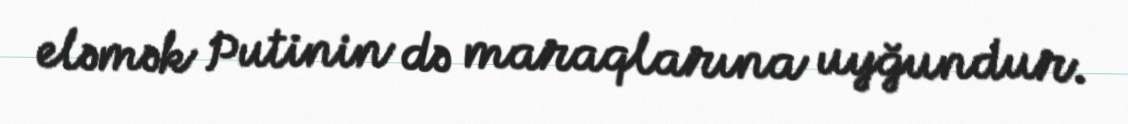
eləmək Putinin də maraqlarına uyğundur.